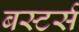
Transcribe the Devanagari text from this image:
बस्टर्स